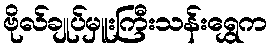
ဗိုလ်ချုပ်မှူးကြီးသန်းရွှေက